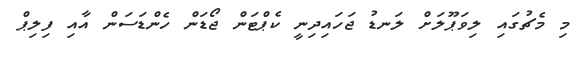
މި މެޗުގައި ލިވަޕޫލަށް ލަނޑު ޖަހައިދިނީ ކެޕްޓަން ޖޯޑަން ހެންޑަސަން އާއި ފިލިޕް